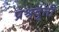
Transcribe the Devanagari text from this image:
प्रश्नदूती